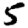
Digit: 5